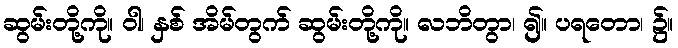
ဆွမ်းတို့ကို။ ဝါ၊ နှစ် အိမ်တွက် ဆွမ်းတို့ကို။ လဘိတွာ၊ ၍။ ပရတော၊ ၌။